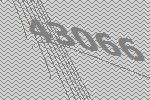
43066